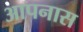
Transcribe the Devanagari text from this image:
आपनास